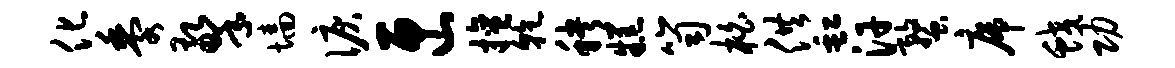
化黍擎墙泪匣擅干秧糕笥柏供缸汗蝥席蛟功